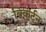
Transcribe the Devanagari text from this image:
बिकर्टन